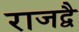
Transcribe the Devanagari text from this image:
राजद्वै